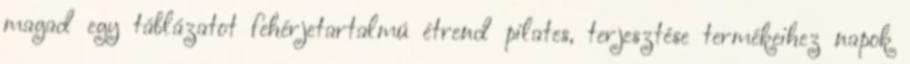
magad egy táblázatot fehérjetartalmú étrend pilates, terjesztése termékeihez napok